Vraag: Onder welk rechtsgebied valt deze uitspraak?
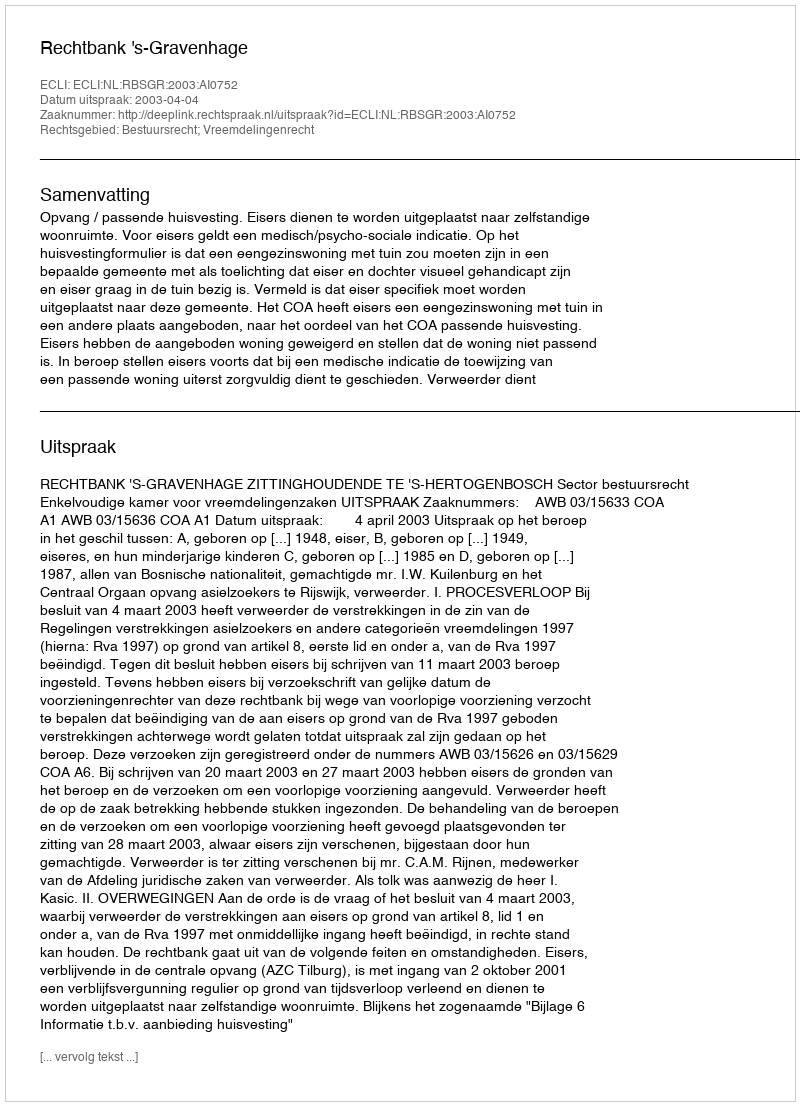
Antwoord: Bestuursrecht; Vreemdelingenrecht